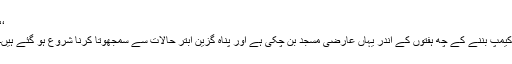
‘‘
کیمپ بننے کے چھ ہفتوں کے اندر یہاں عارضی مسجد بن چکی ہے اور پناہ گزین ابتر حالات سے سمجھوتا کرنا شروع ہو گئے ہیں۔